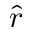
\hat { r }